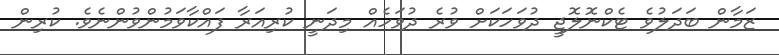
ޒަމާން ބަދަލުވެ ޓެކްނޮލޮޖީ ދުވަހަކަށް ވުރެ ދުވަހެއް މިދަނީ ކުރިއަރާ ފައްކާވަމުންވުންނެވެ. ކުރިން